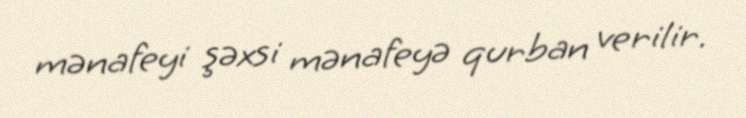
mənafeyi şəxsi mənafeyə qurban verilir.